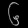
Digit: ၆